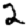
Digit: 2